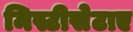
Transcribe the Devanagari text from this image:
मिस्टीसेटाए